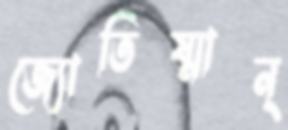
জ্যোতিষ্মান্‌